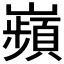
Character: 𫶡